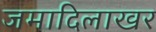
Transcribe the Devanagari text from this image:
जमादिलाखर